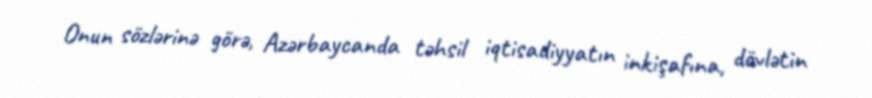
Onun sözlərinə görə, Azərbaycanda təhsil iqtisadiyyatın inkişafına, dövlətin